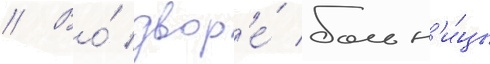
// Во́ двор'е́ больн'и́цы